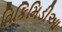
વિકિમિડીઆ